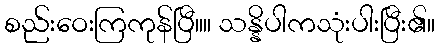
စည်းဝေးကြကုန်ပြီ။။ သန္နိပါကသုံးပါးပြီး၏။